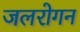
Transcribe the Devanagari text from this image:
जलरोगन